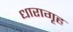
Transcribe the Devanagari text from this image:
धारागृह